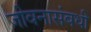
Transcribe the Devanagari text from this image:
जीवनासंबधी